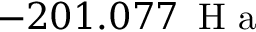
- 2 0 1 . 0 7 7 \, \mathrm { ~ H ~ a ~ }